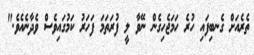
ތެރެއަށް ގެނބިފައި ހުރެ ހަމަޖެހިގެން ނޭވާ ލީ ފުރަތަމަ ފަހަރު ކަމުގައިވެސް ވެދާނެއެވެ."